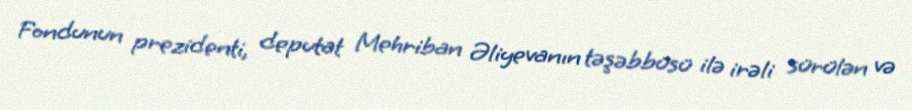
Fondunun prezidenti, deputat Mehriban Əliyevanın təşəbbüsü ilə irəli sürülən və